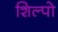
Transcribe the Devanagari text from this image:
शिल्पो